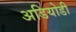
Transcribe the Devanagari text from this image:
अडियोडी